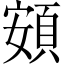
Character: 頞